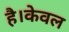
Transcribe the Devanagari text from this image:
है।केवल